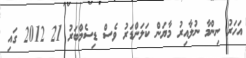
އަހަރު ނިންމާ ނުލާއިރު މާޔަން ކަލަންޑަރު ވެސް ޑިސެމްބަރު 21 2012 ގައި